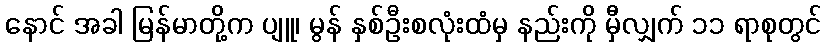
နောင် အခါ မြန်မာတို့က ပျူ၊ မွန် နှစ်ဦးစလုံးထံမှ နည်းကို မှီလျှက် ၁၁ ရာစုတွင်